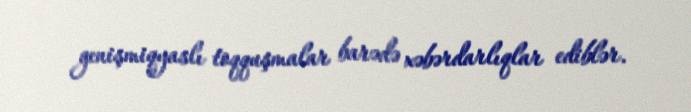
genişmiqyaslı toqquşmalar barədə xəbərdarlıqlar ediblər.